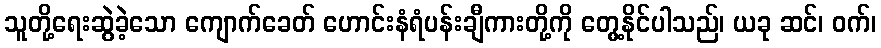
သူတို့ရေးဆွဲခဲ့သော ကျောက်ခေတ် ဟောင်းနံရံပန်းချီကားတို့ကို တွေ့နိုင်ပါသည်၊ ယခု ဆင်၊ ဝက်၊